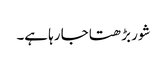
شور بڑھتا جا رہا ہے۔